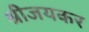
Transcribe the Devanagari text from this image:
श्रीजयकर